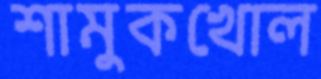
শামুকখোল